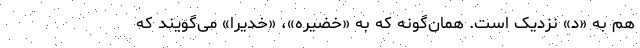
هم به «د» نزدیک است. همان‌گونه که به «خضیره»، «خدیرا» می‌گویند که